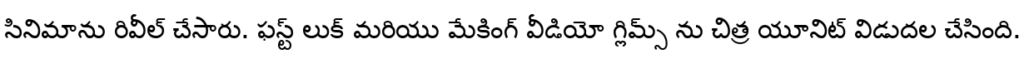
సినిమాను రివీల్ చేసారు. ఫస్ట్ లుక్ మరియు మేకింగ్ వీడియో గ్లిమ్స్ ను చిత్ర యూనిట్ విడుదల చేసింది.